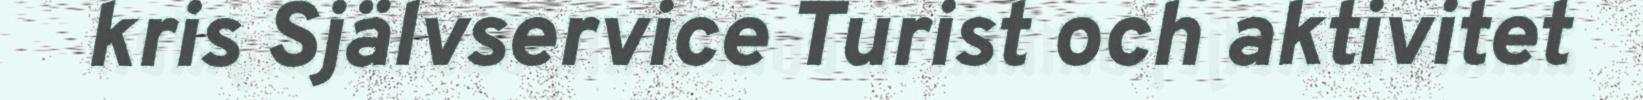
kris Självservice Turist och aktivitet